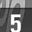
Digit: 5